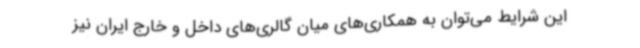
این شرایط می‌توان به همکاری‌های میان گالری‌های داخل و خارج ایران نیز